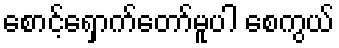
စောင့်ရှောက်တော်မူပါ စေကွယ်